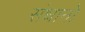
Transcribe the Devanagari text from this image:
संधानों